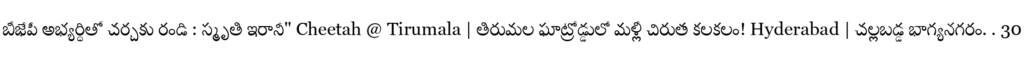
బీజేపీ అభ్యర్ధితో చర్చకు రండి : స్మృతి ఇరానీ" Cheetah @ Tirumala | తిరుమల ఘాట్రోడ్డులో మళ్లీ చిరుత కలకలం! Hyderabad | చల్లబడ్డ భాగ్యనగరం. . 30